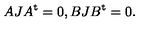
A J A ^ { \mathrm { t } } = 0 , B J B ^ { \mathrm { t } } = 0 .